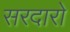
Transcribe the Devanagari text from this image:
सरदारो